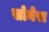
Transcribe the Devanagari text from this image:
सोनेरा